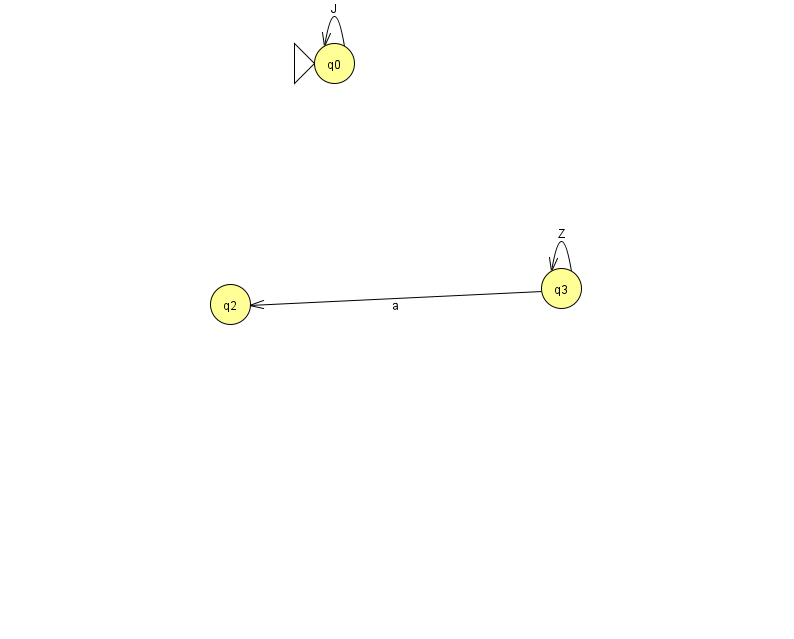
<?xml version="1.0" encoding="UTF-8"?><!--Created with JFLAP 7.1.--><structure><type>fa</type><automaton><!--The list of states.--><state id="0" name="q0"><x>334.0</x><y>50.0</y><initial/></state><state id="2" name="q2"><x>230.0</x><y>291.0</y></state><state id="3" name="q3"><x>561.0</x><y>275.0</y></state><!--The list of transitions.--><transition><from>3</from><to>2</to><read>a</read></transition><transition><from>0</from><to>0</to><read>J</read></transition><transition><from>3</from><to>3</to><read>Z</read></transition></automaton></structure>